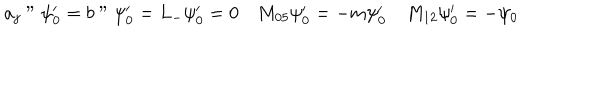
a _ { j } " \psi _ { 0 } ^ { \prime } = b " \psi _ { 0 } ^ { \prime } = L _ { - } \psi _ { 0 } ^ { \prime } = 0 \quad M _ { 0 5 } \psi _ { 0 } ^ { \prime } = - m \psi _ { 0 } ^ { \prime } \quad M _ { 1 2 } \psi _ { 0 } ^ { \prime } = - \psi _ { 0 }